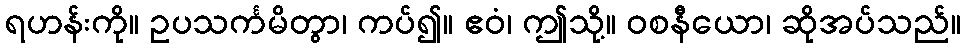
ရဟန်းကို။ ဥပသင်္ကမိတွာ၊ ကပ်၍။ ဧဝံ၊ ဤသို့။ ဝစနီယော၊ ဆိုအပ်သည်။